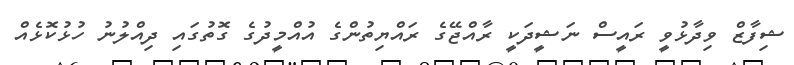
ޝިފާޒް ވިދާޅުވީ ރައީސް ނަޝީދަކީ ރާއްޖޭގެ ރައްޔިތުންގެ އުއްމީދުގެ ގޮތުގައި ދިއްލުނު ހުޅުކޮޅެއް